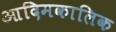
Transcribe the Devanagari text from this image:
आदिमकालिक